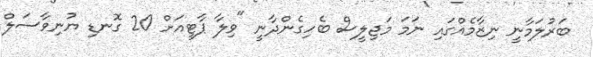
ބަރުލަމާނީ ނިޒާމެއްގައި ނަމަ މަޖިލީސް ބެހިގެންދާނީ "ވިލާ ޕާޓީއަށް 20 ގޮނޑި ޔުނިވާސަލް